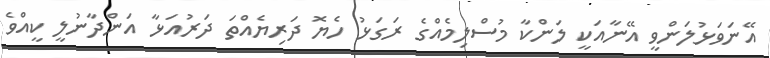
އޭނަވަޅުލަންވީ އޭނާއަކީ ލަންކާ މުސްލިމެއްގެ ރަގަޅު ހެޔޮ ދަރިޔެއްތަ ދަރުއަޅާ އަންދާނުލީ ކީއްވެ